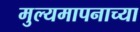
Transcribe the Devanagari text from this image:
मुल्यमापनाच्या